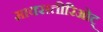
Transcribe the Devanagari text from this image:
माक्सतीरिओट्